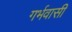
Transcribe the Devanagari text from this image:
गर्भवासी